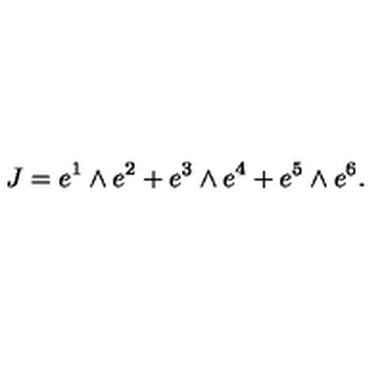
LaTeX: J = e ^ { 1 } \wedge e ^ { 2 } + e ^ { 3 } \wedge e ^ { 4 } + e ^ { 5 } \wedge e ^ { 6 } .